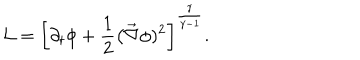
{ \cal L } = \left[ \partial _ { t } \phi + \frac { 1 } { 2 } \big ( \vec { \nabla } \phi ) ^ { 2 } \right] ^ { \frac { \gamma } { \gamma - 1 } } .